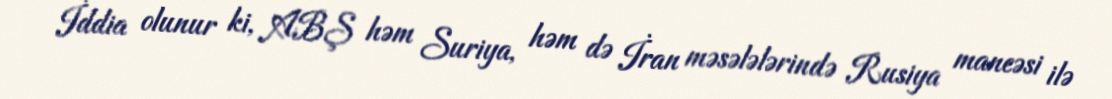
İddia olunur ki, ABŞ həm Suriya, həm də İran məsələlərində Rusiya maneəsi ilə